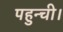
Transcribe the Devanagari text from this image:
पहुन्ची।